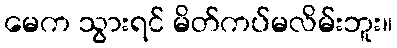
မေက သွားရင် မိတ်ကပ်မလိမ်းဘူး။